Report on vaccination proceedings throughout the Government of Bengal -
Year: 1868
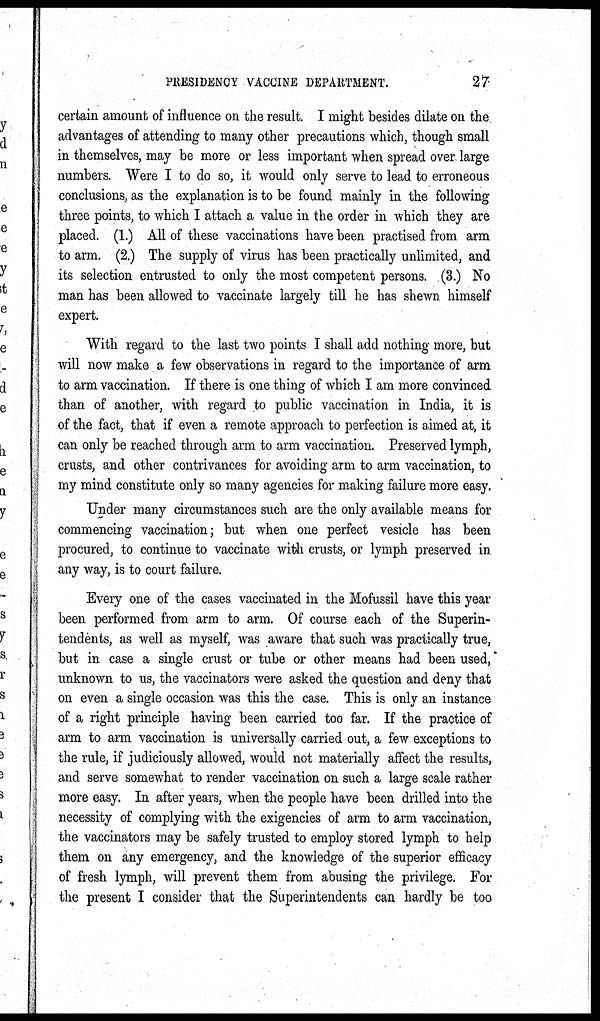
PRESIDENCY VACCINE DEPARTMENT.
27
certain amount of influence on the result. I might besides dilate on the
advantages of attending to many other precautions which, though small
in themselves, may be more or less important when spread over large
numbers. Were I to do so, it would only serve to lead to erroneous
conclusions, as the explanation is to be found mainly in the following
three points, to which I attach a value in the order in which they are
placed. (1.) All of these vaccinations have been practised from arm
to arm. (2.) The supply of virus has been practically unlimited, and
its selection entrusted to only the most competent persons. (3.) No
man has been allowed to vaccinate largely till he has shewn himself
expert.
With regard to the last two points I shall add nothing more, but
will now make a few observations in regard to the importance of arm
to arm vaccination. If there is one thing of which I am more convinced
than of another, with regard to public vaccination in India, it is
of the fact, that if even a remote approach to perfection is aimed at, it
can only be reached through arm to arm vaccination. Preserved lymph,
crusts, and other contrivances for avoiding arm to arm vaccination, to
my mind constitute only so many agencies for making failure more easy.
Under many circumstances such are the only available means for
commencing vaccination; but when one perfect vesicle has been
procured, to continue to vaccinate with crusts, or lymph preserved in
any way, is to court failure.
Every one of the cases vaccinated in the Mofussil have this year
been performed from arm to arm. Of course each of the Superin-
tendents, as well as myself, was aware that such was practically true,
but in case a single crust or tube or other means had been used,
unknown to us, the vaccinators were asked the question and deny that
on even a single occasion was this the case. This is only an instance
of a right principle having been carried too far. If the practice of
arm to arm vaccination is universally carried out, a few exceptions to
the rule, if judiciously allowed, would not materially affect the results,
and serve somewhat to render vaccination on such a large scale rather
more easy. In after years, when the people have been drilled into the
necessity of complying with the exigencies of arm to arm vaccination,
the vaccinators may be safely trusted to employ stored lymph to help
them on any emergency, and the knowledge of the superior efficacy
of fresh lymph, will prevent them from abusing the privilege. For
the present I consider that the Superintendents can hardly be too